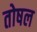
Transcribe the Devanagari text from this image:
तोषल